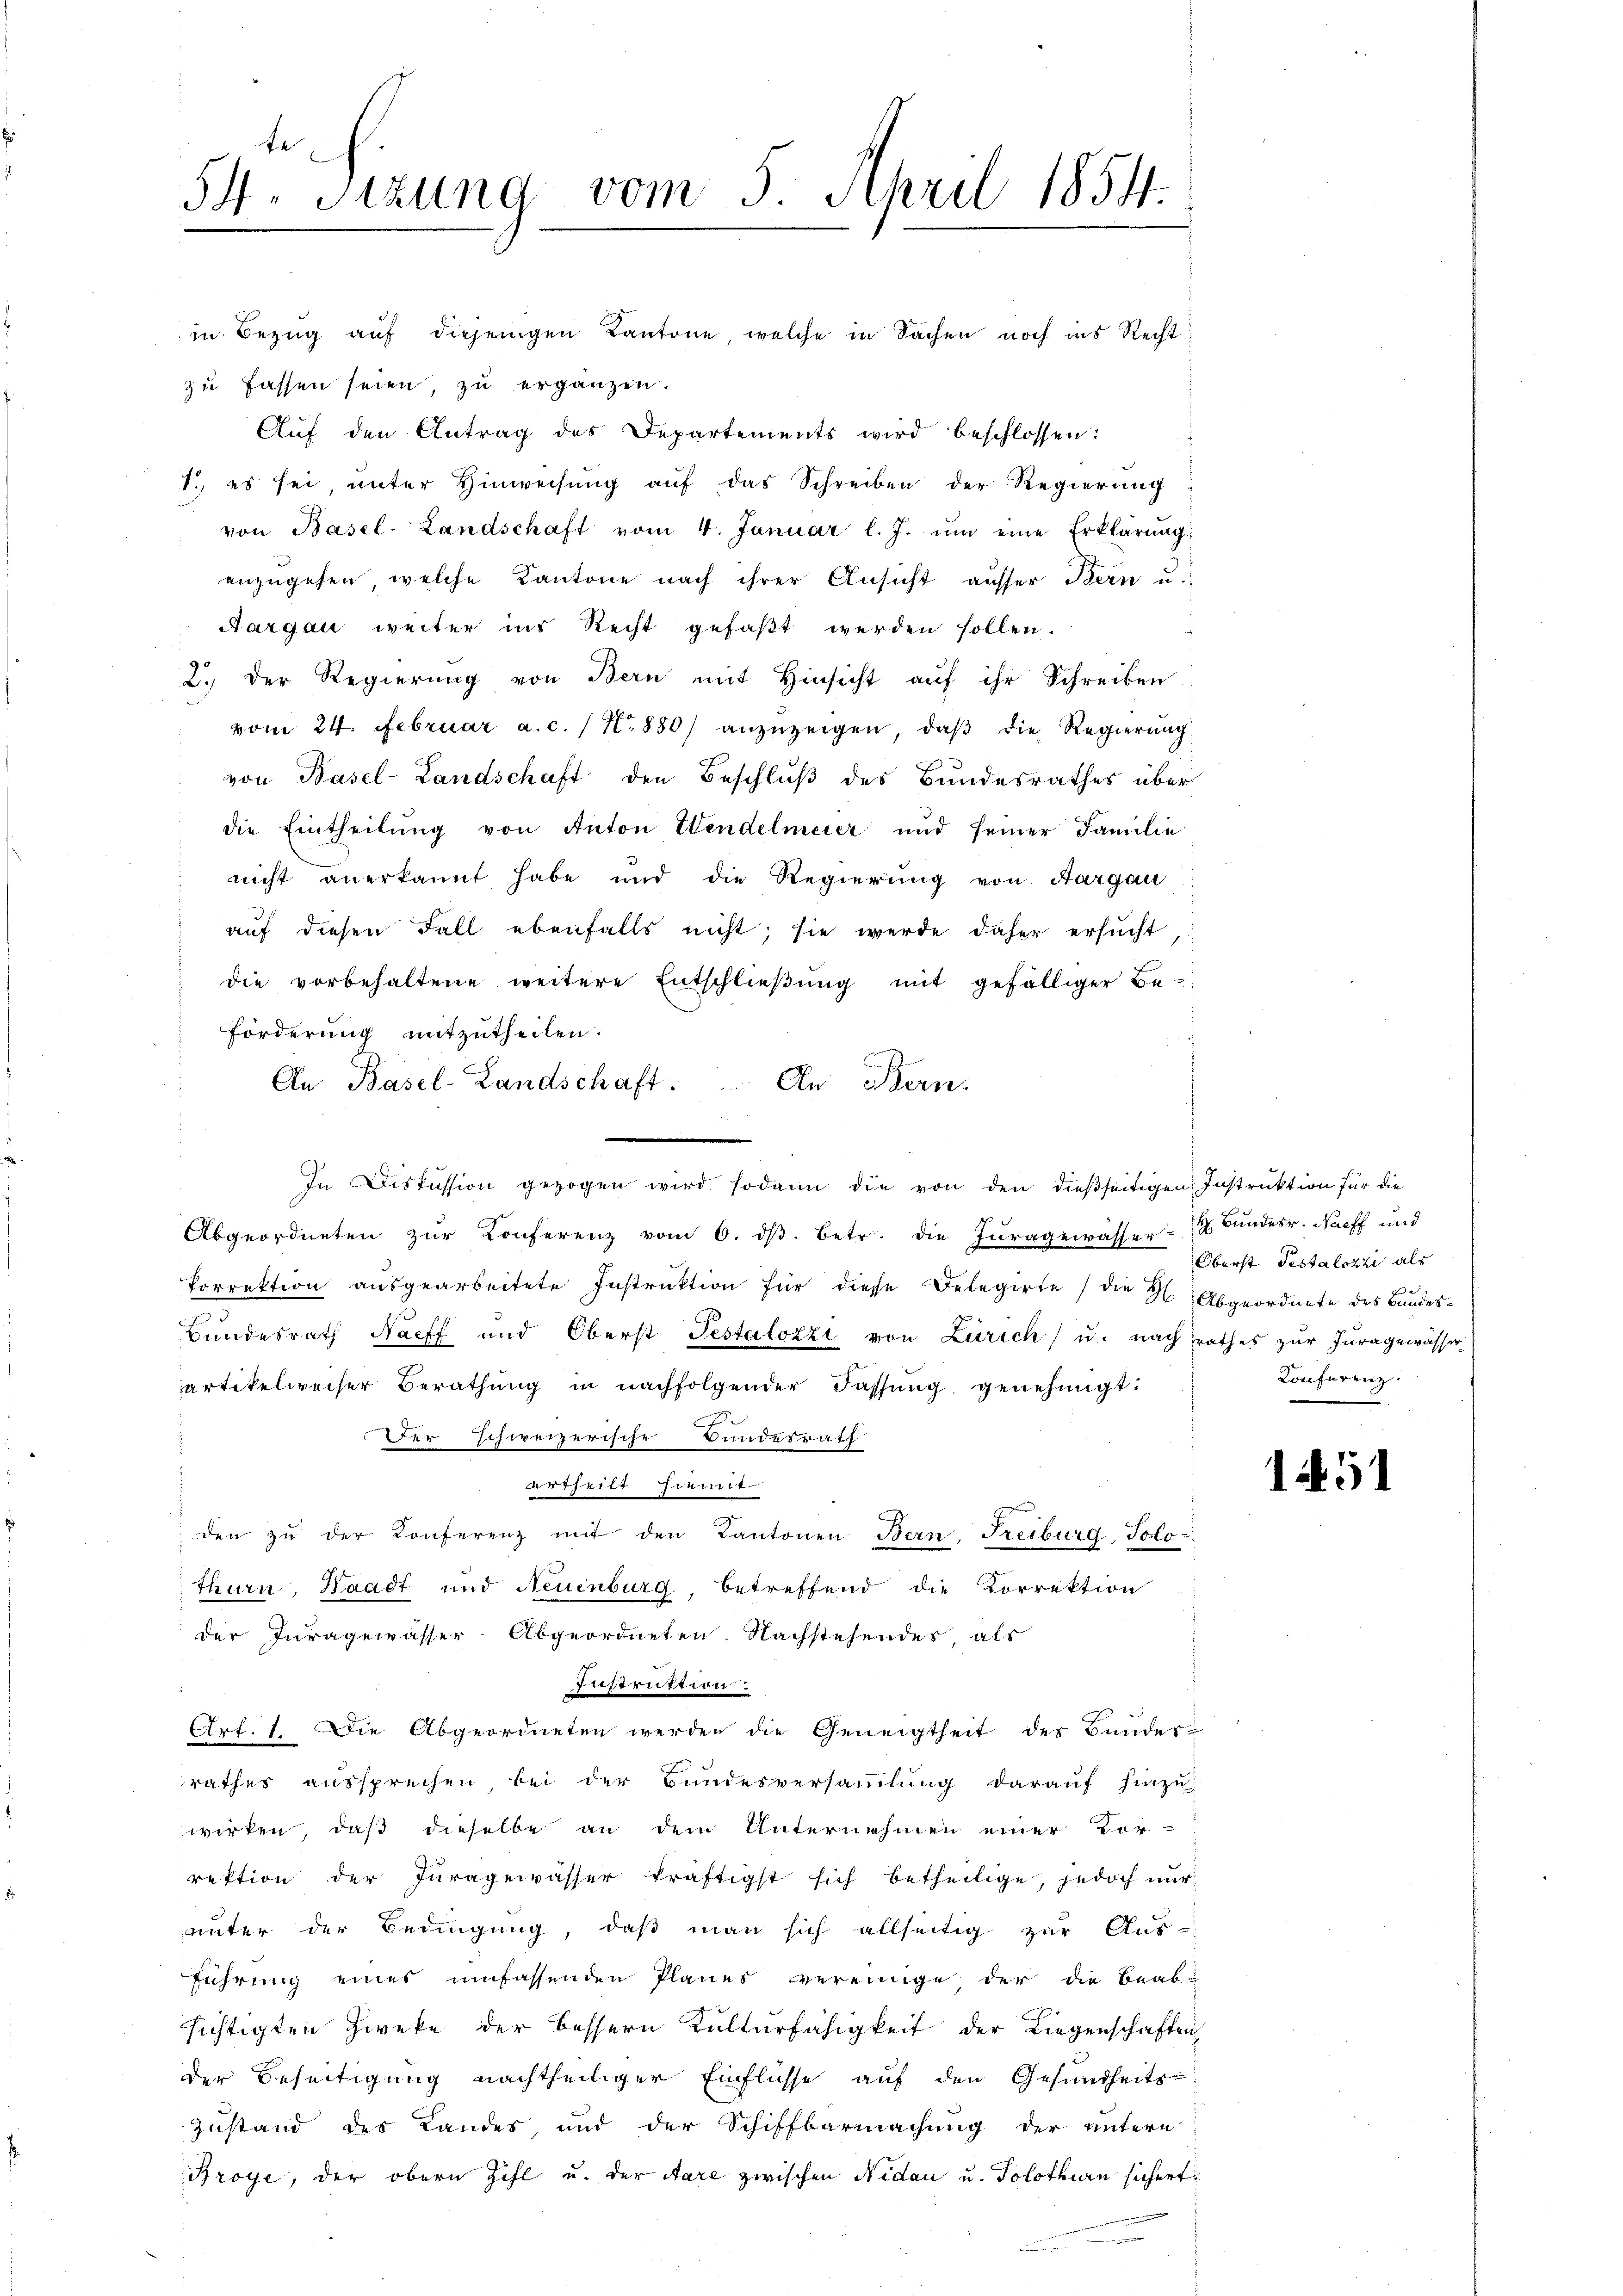
54. Sizung vom 5. April 1854.

in Bezug auf diejenigen Kantone, welche in Sachen noch ins Recht
zu fassen seien, zu ergänzen.
Auf den Antrag des Departements wird beschlossen:
1. es sei, unter Hinweisung aŭf das Schreiben der Regierung
von Basel-Landschaft vom 4. Januar l. J. ŭm eine Erklärŭng.
anzugehen, welche Kantone nach ihrer Ansicht ausser Bern u.
Aargau weiter ins Recht gefaßt werden sollen.
2.) Der Regierung von Bern mit Hinsicht auf ihr Schreiben
vom 24. Februar a. c. / No 880) anzuzeigen, daβ die Regierung
von Basel-Landschaft den Beschluß des Bundesrathes über
die Eintheilung von Anton Wendelmeier und seiner Familie
nicht anerkannt habe und die Regierung von Aargau
auf diesen Fall ebenfalls nicht; sie werde daher ersucht
die vorbehaltene weitere Entschließung mit gefälliger Be-
Förderung mitzutheilen.
An Basel-Landschaft. An Bern.
e
In Diskussion gezogen wird sodann die von den dießseitigen Instruktion für die
Abgeordneten zŭr Konferenz vom 6. dβ. betr. die Jŭragewasser- u Bŭndesr. Nacff und
Porrektion aŭsgearbeitete Instruktion für diese Delegirte / die H. Abgeordnete des Bundes¬
Bundesrath Nacff und Oberst Testalozzi von Zürich) u. nach rathes zur Juragewässer
artikelweiser Berathung in nachfolgender Fassŭng genehmigt:
Der schweizerische Bundesrath
dertheilt schmit
den zŭ der Konferenz mit den Kantonen Bern, Freiburg-Solo-
thurn, Waadt und Neuenburg, betreffend die Korrektion
der Juragewässer-Abgeordneten. Nachstehendes, als
Instruktion.
Art. 1. Die Abgeordneten werden die Geneigtheit des Bunder-
S
rathes aussprechen bei der Bundesversammlung darauf hinzu
wirken, daß dieselbe an dem Unternehmen einer Vor-
rektion der Juragewässer kräftigst sich betheilige, jedoch nur
unter der Bedingung, daß man sich allseitig zur Aus-
führung eines umfassenden Planes vereinige der die Beab-
sichtigten Zweke der bessern Kulturfähigkeit der Liegenschaften,
der Beseitigung nachtheiliger Einflüsse auf den Gesundheits-
Zustand des Landes, und der Schiffbarmachung der untern
Broye, der obern Zihl u. der Aare zwischen Nidau u. Solothurn sichert.

Oberst Testalozzi als
Conferenz:

1451